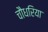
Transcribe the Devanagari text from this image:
चौधरिया